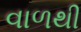
વાળથી